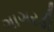
ગાગરડી